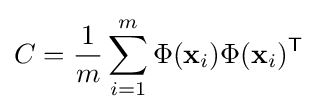
C={\frac {1}{m}}\sum _{i=1}^{m}{\Phi (\mathbf {x} _{i})\Phi (\mathbf {x} _{i})^{\mathsf {T}}}